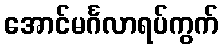
အောင်မင်္ဂလာရပ်ကွက်